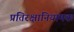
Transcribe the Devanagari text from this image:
प्रतिरक्षानियामक